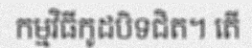
កម្មវិធីកូដបិទជិត។ តើ